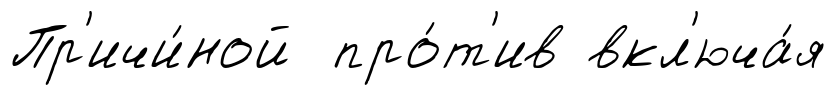
Пр'ичи́ной про́т'ив вкл'юча́я